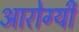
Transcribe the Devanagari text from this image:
आरोग्यी